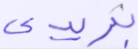
بريدي